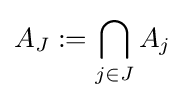
A_{J}:=\bigcap _{j\in J}A_{j}